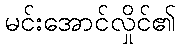
မင်းအောင်လှိုင်၏